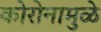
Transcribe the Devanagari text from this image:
कोरोनामुळे